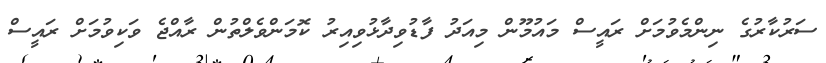
ސަރުކާރުގެ ނިންމެވުމަށް ރައީސް މައުމޫން މިއަދު ފާޑުވިދާޅުވިއިރު ކޮމަންވެލްތުން ރާއްޖެ ވަކިވުމަށް ރައީސް